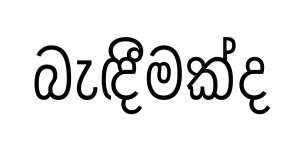
බැඳීමක්ද